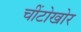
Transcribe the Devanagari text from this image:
चींटोखोर